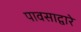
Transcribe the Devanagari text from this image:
पावसाद्वारे